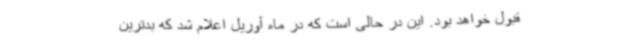
قبول خواهد بود. این در حالی است که در ماه آوریل اعلام شد که بدترین